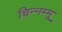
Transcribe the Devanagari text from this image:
चिन्‍नम्‍मू